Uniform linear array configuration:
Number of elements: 48
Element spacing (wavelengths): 1
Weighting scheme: cosine
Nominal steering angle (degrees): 60
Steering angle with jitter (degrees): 58.134
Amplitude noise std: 0.05
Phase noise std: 0.05

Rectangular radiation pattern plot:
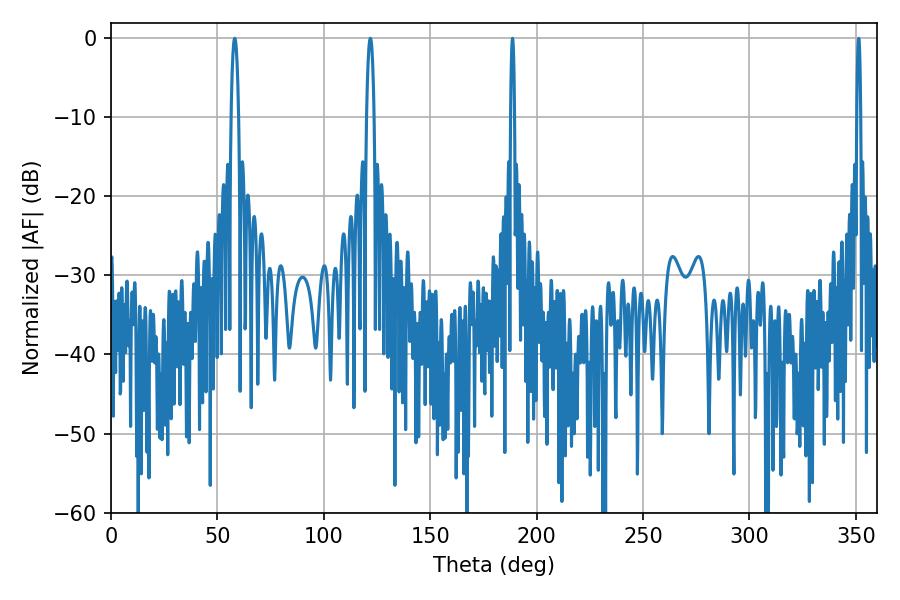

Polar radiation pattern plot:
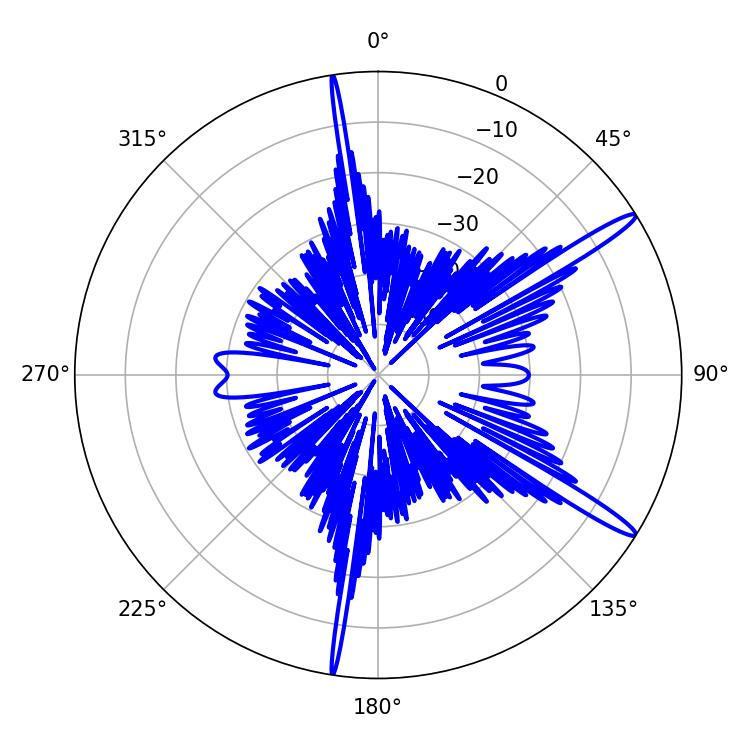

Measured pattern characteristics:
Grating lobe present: TRUE
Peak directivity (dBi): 15.173
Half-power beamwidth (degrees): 1.8
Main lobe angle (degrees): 58.14